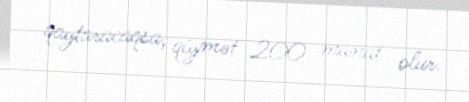
qaytaracaqsa, qiymət 200 manat olur.